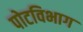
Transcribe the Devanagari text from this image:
पोटविभाग